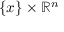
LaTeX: \{ x \} \times \mathbb { R } ^ { n }